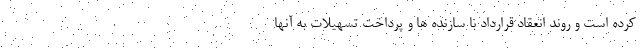
کرده است و روند انعقاد قرارداد با سازنده ها و پرداخت تسهیلات به آنها